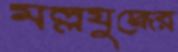
মল্লযুদ্ধের